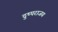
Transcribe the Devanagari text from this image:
दुष्पराजय